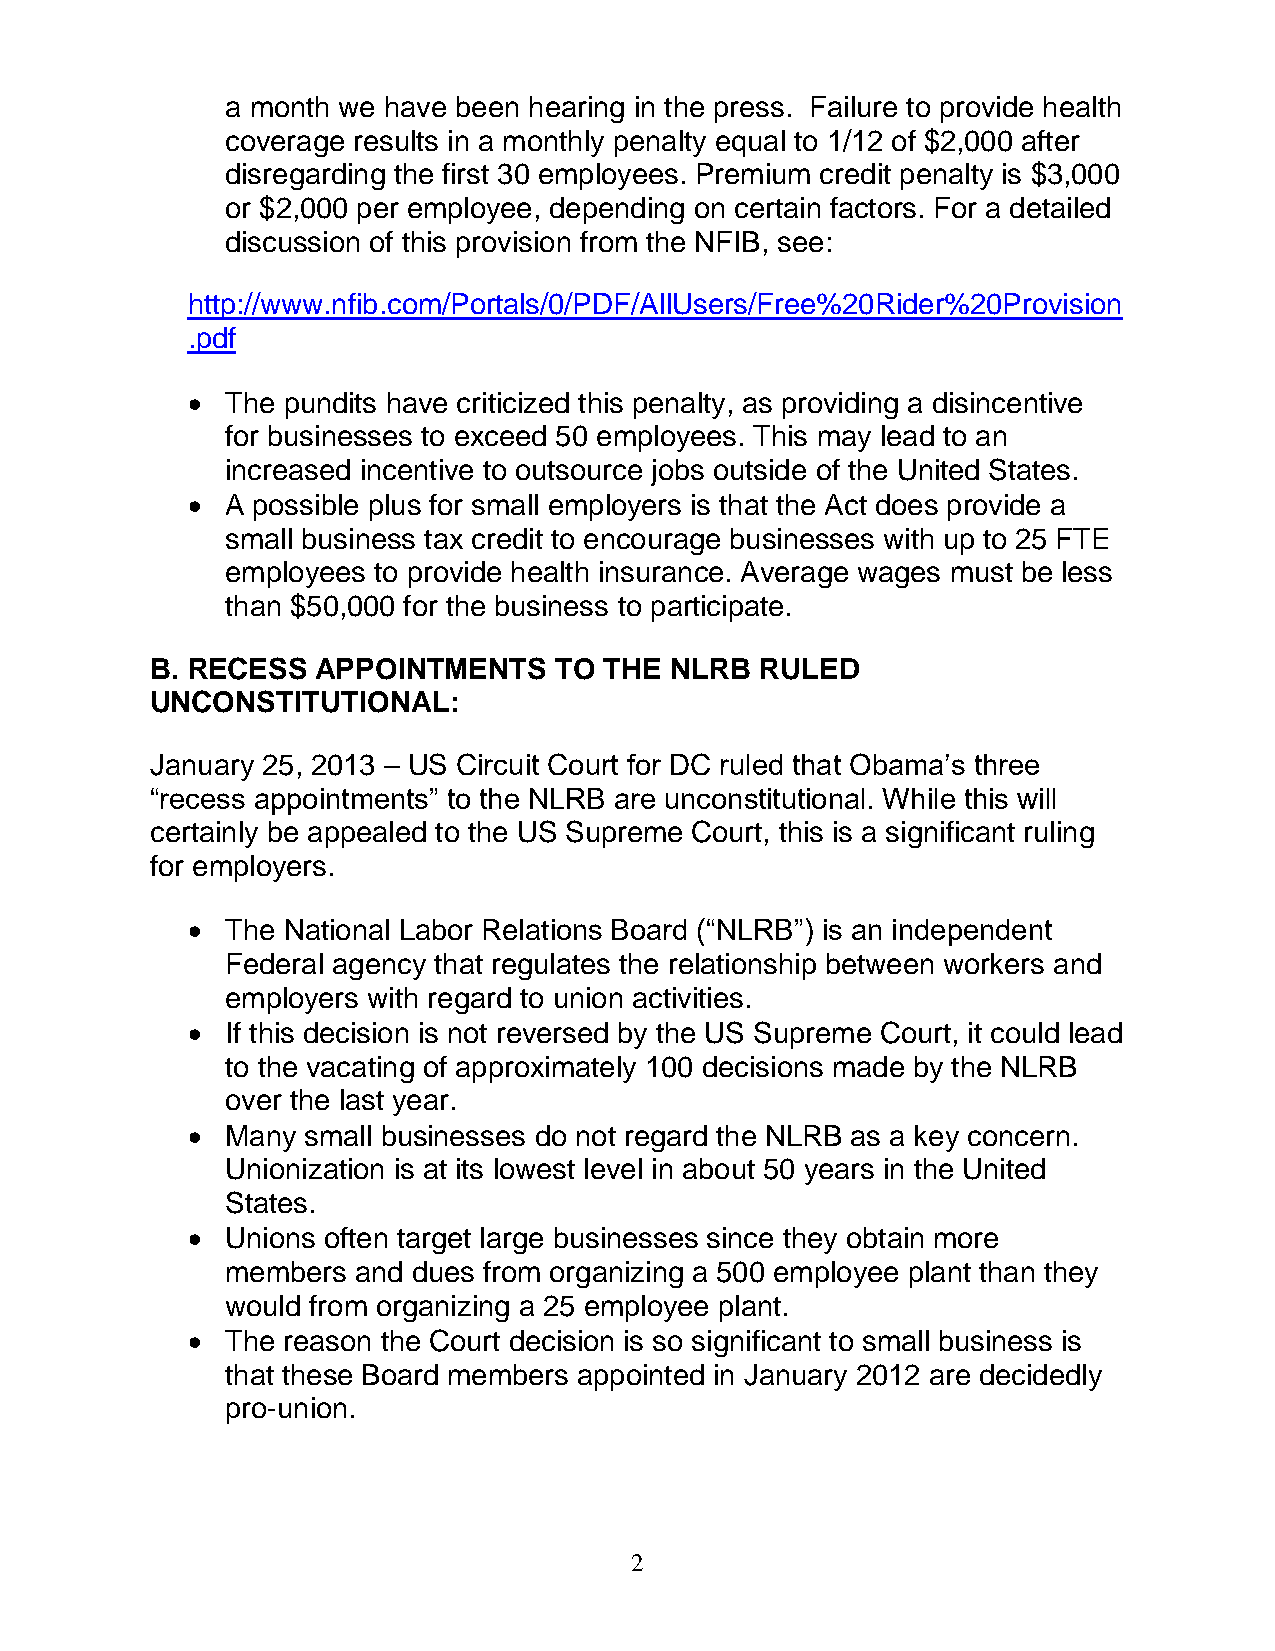
a month we have been hearing in the press. Failure to provide health
 coverage results in a monthly penalty equal to 1/12 of $2,000 after
 disregarding the first 30 employees. Premium credit penalty is $3,000
 or $2,000 per employee, depending on certain factors. For a detailed
 discussion of this provision from the NFIB, see:
 http://www.nfib.com/Portals/0/PDF/AllUsers/Free%20Rider%20Provision
 .pdf
 •  The pundits have criticized this penalty, as providing a disincentive
 for businesses to exceed 50 employees. This may lead to an
 increased incentive to outsource jobs outside of the United States.
 •  A possible plus for small employers is that the Act does provide a
 small business tax credit to encourage businesses with up to 25 FTE
 employees to provide health insurance. Average wages must be less
 than $50,000 for the business to participate.
 B. RECESS  APPOINTMENTS    TO THE NLRB  RULED
 UNCONSTITUTIONAL:
 January 25, 2013 – US Circuit Court for DC ruled that Obama’s three
 “recess appointments” to the NLRB are unconstitutional. While this will
 certainly be appealed to the US Supreme Court, this is a significant ruling
 for employers.
 •  The National Labor Relations Board (“NLRB”) is an independent
 Federal agency that regulates the relationship between workers and
 employers with regard to union activities.
 •  If this decision is not reversed by the US Supreme Court, it could lead
 to the vacating of approximately 100 decisions made by the NLRB
 over the last year.
 •  Many small businesses do not regard the NLRB as a key concern.
 Unionization is at its lowest level in about 50 years in the United
 States.
 •  Unions often target large businesses since they obtain more
 members  and dues from organizing a 500 employee plant than they
 would from organizing a 25 employee plant.
 •  The reason the Court decision is so significant to small business is
 that these Board members appointed in January 2012 are decidedly
 pro-union.
 2